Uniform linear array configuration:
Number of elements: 48
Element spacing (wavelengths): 0.75
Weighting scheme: kaiser
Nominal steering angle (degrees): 60
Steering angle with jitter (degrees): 59.614
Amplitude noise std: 0.05
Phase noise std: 0.05

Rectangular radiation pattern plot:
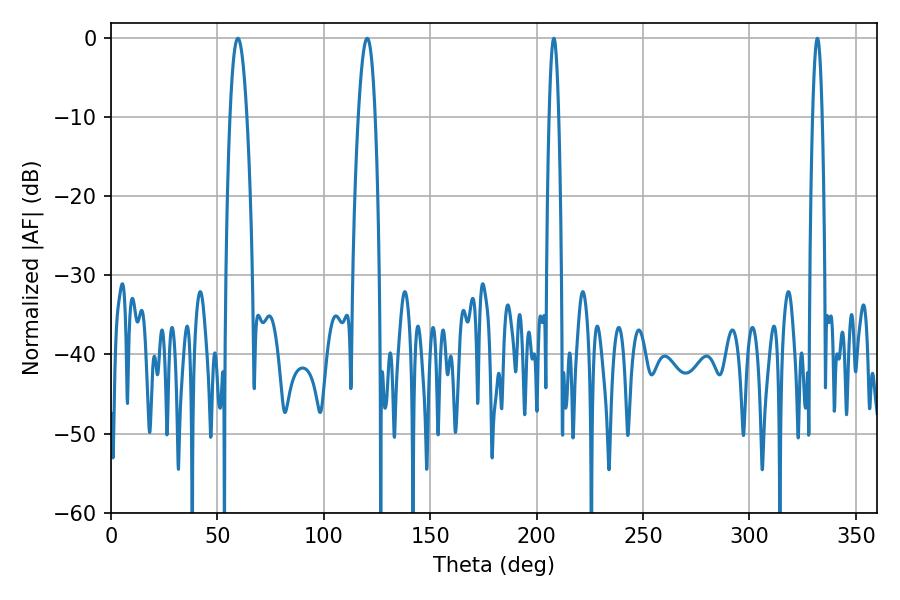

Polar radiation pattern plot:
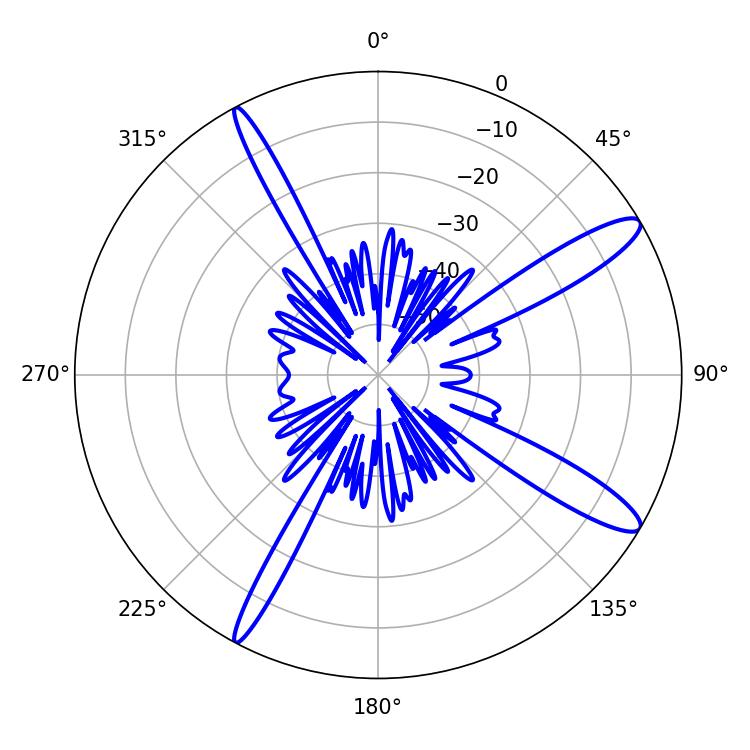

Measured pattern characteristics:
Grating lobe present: TRUE
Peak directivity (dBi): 13.084
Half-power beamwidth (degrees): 2.52
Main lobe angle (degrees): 208.08